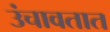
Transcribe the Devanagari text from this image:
उंचावतात